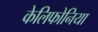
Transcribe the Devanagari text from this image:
केलिफोनिया